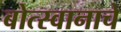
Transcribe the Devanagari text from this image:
बोत्स्वानाचे